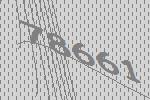
78661